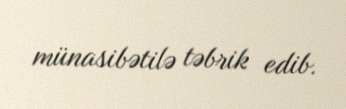
münasibətilə təbrik edib.